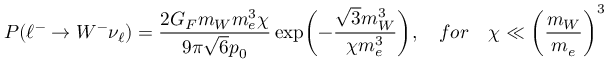
P ( \ell ^ { - } \rightarrow W ^ { - } \nu _ { \ell } ) = \frac { 2 G _ { F } m _ { W } m _ { e } ^ { 3 } \chi } { 9 \pi \sqrt { 6 } p _ { 0 } } \exp \biggl ( - \frac { \sqrt { 3 } m _ { W } ^ { 3 } } { \chi m _ { e } ^ { 3 } } \biggr ) , \quad f o r \quad \chi \ll \biggl ( { \frac { m _ { W } } { m _ { e } } } \biggr ) ^ { 3 }